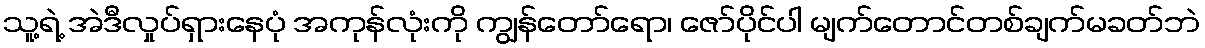
သူ့ရဲ့ အဲဒီလှုပ်ရှားနေပုံ အကုန်လုံးကို ကျွန်တော်ရော၊ ဇော်ပိုင်ပါ မျက်တောင်တစ်ချက်မခတ်ဘဲ